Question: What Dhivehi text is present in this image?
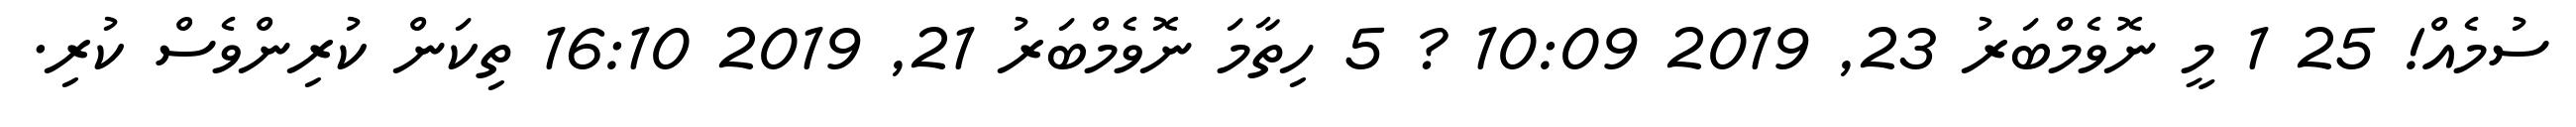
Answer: ސުމެއް! 25 1 މީ ނޮވެމްބަރު 23, 2019 10:09 ? 5 ހިތާމަ ނޮވެމްބަރު 21, 2019 16:10 ތިކަން ކުރިންވެސް ކުރި.